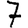
Digit: 7